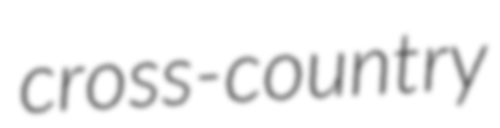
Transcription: cross-country